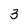
Character: 3